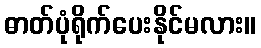
ဓာတ်ပုံရိုက်ပေးနိုင်မလား။